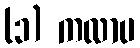
(၁) ကလာပ